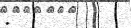
: